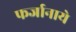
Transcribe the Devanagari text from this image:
फर्जानाये